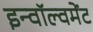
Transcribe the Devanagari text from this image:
इन्वॉल्वमेंट